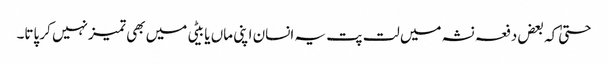
حتیٰ کہ بعض دفعہ نشہ میں لت پت یہ انسان اپنی ماں یا بیٹی میں بھی تمیزنہیں کر پاتا۔